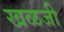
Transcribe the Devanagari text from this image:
खळजी